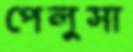
পেলুসা